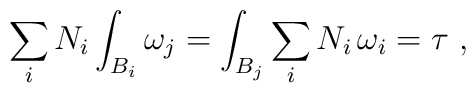
\sum_i N_i \int_{B_i} \omega_j =\int_{B_j} \sum_i N_i \,\omega_i=\tau \ ,